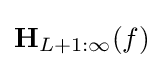
\mathbf {H} _{L+1:\infty }(f)